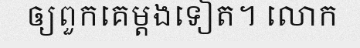
ឲ្យពួកគេម្តងទៀត។ លោក